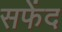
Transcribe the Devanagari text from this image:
सफेंद